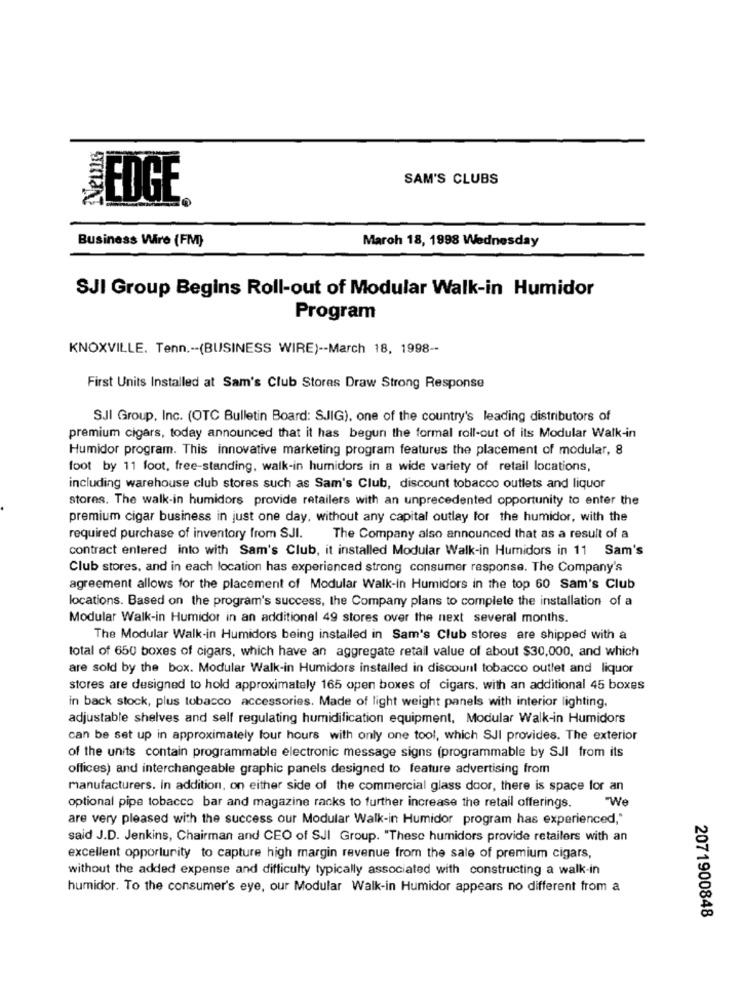
SAM'S CLUBS
EDGE
Business Wire (FM}
March 18, 1998 Wednesday
SJI Group Begins Roll-out of Modular Walk-in Humidor
Program
KNOXVILLE. Tenn ,-- (BUSINESS WIRE) -- March 18, 1998 --
First Units Installed at Sam's Club Stores Draw Strong Response
SJI Group, Inc. (OTC Bulletin Board: SJIG), one of the country's leading distributors of
premium cigars, today announced that it has begun the formal roll-out of its Modular Walk-in
Humidor program. This innovative marketing program features the placement of modular, 8
foot by 11 foot, free-standing, walk-in humidors in a wide variety of retail locations,
including warehouse club stores such as Sam's Club, discount tobacco outlets and liquor
stores. The walk-in humidors provide retailers with an unprecedented opportunity to enter the
premium cigar business in just one day, without any capital outlay for the humidor, with the
required purchase of inventory from SJI.
The Company also announced that as a result of a
contract entered into with Sam's Club, it installed Modular Walk-in Humidors in 11 Sam's
Club stores, and in each location has experienced strong consumer response. The Company's
agreement allows for the placement of Modular Walk-in Humidors in the top 60 Sam's Club
locations. Based on the program's success, the Company plans to complete the installation of a
Modular Walk-in Humidor in an additional 49 stores over the next several months.
The Modular Walk-in Humidors being installed in Sam's Club stores are shipped with a
total of 650 boxes of cigars, which have an aggregate retail value of about $30,000, and which
are sold by the box. Modular Walk-in Humidors installed in discount tobacco outlet and liquor
stores are designed to hold approximately 165 open boxes of cigars, with an additional 45 boxes
in back stock, plus tobacco accessories. Made of light weight panels with interior lighting.
adjustable shelves and self regulating humidification equipment, Modular Walk-in Humidors
can be set up in approximately four hours with only one tool, which SJI provides. The exterior
of the units contain programmable electronic message signs (programmable by SJI from its
offices) and interchangeable graphic panels designed to feature advertising from
manufacturers. In addition, on either side of the commercial glass door, there is space for an
"We
optional pipe tobacco bar and magazine racks to further increase the retail offerings.
are very pleased with the success our Modular Walk-in Humidor program has experienced,"
said J.D. Jenkins, Chairman and CEO of SJI Group. "These humidors provide retailers with an
excellent opportunity to capture high margin revenue from the sale of premium cigars,
without the added expense and difficulty typically associated with constructing a walk-in
humidor. To the consumer's eye, our Modular Walk-in Humidor appears no different from a
2071900848